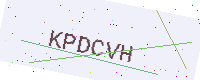
Text: KPDCVH